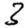
Digit: 3